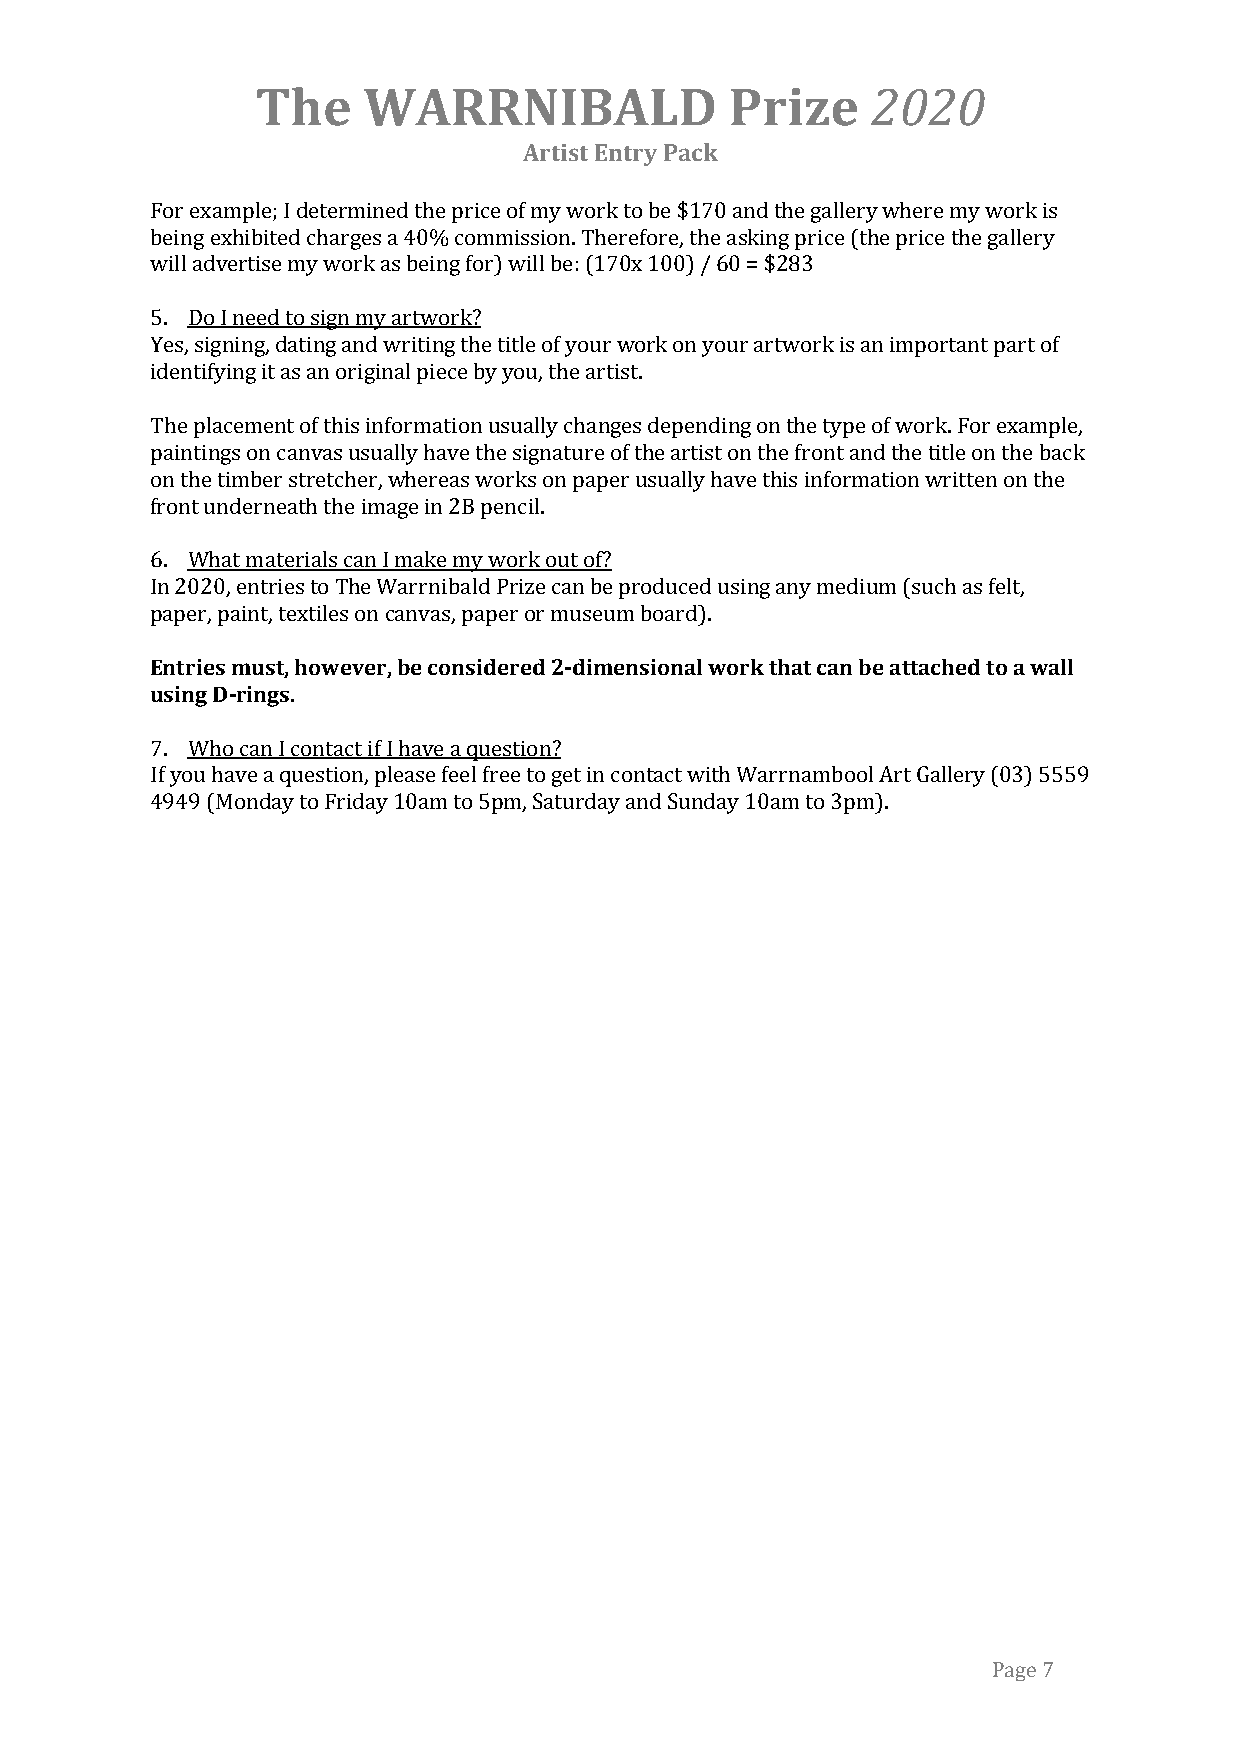
The    WARRNIBALD              Prize     2020
 Artist Entry Pack
 For example; I determined the price of my work to be $170 and the gallery where my work is
 being exhibited charges a 40% commission. Therefore, the asking price (the price the gallery
 will advertise my work as being for) will be: (170x 100) / 60 = $283
 5. Do I need to sign my artwork?
 Yes, signing, dating and writing the title of your work on your artwork is an important part of
 identifying it as an original piece by you, the artist.
 The placement of this information usually changes depending on the type of work. For example,
 paintings on canvas usually have the signature of the artist on the front and the title on the back
 on the timber stretcher, whereas works on paper usually have this information written on the
 front underneath the image in 2B pencil.
 6. What materials can I make my work out of?
 In 2020, entries to The Warrnibald Prize can be produced using any medium (such as felt,
 paper, paint, textiles on canvas, paper or museum board).
 Entries must, however, be considered 2-dimensional work that can be attached to a wall
 using D-rings.
 7. Who can I contact if I have a question?
 If you have a question, please feel free to get in contact with Warrnambool Art Gallery (03) 5559
 4949 (Monday to Friday 10am to 5pm, Saturday and Sunday 10am to 3pm).
 Page 7